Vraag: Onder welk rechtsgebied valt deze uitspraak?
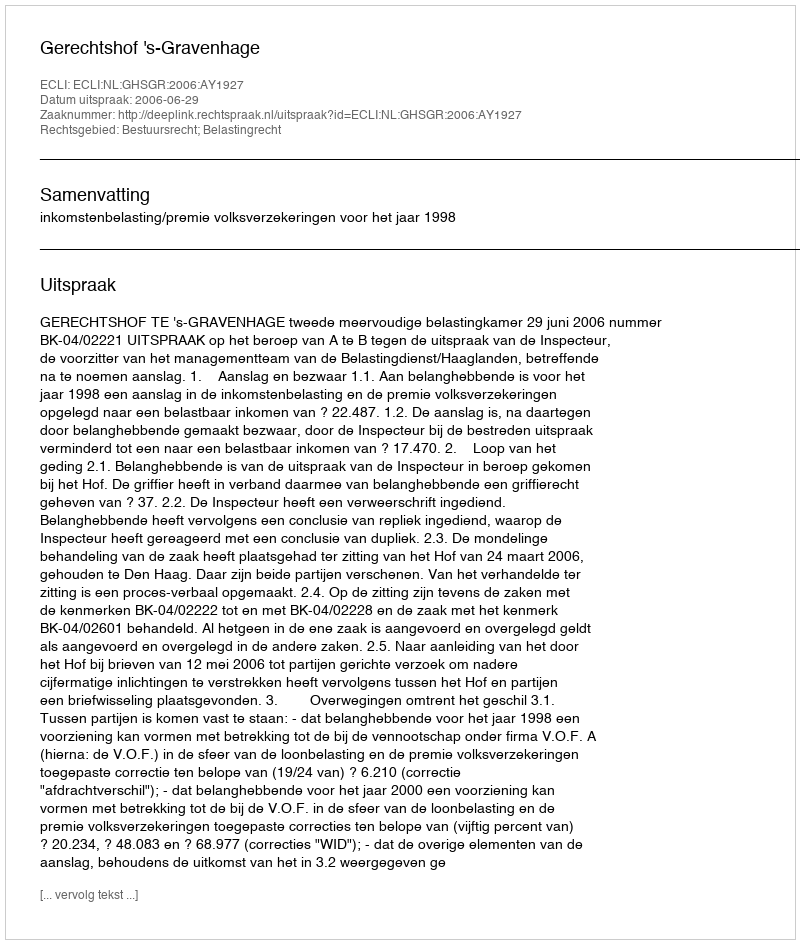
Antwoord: Bestuursrecht; Belastingrecht